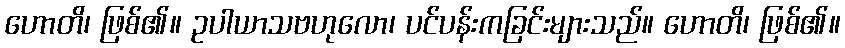
ဟောတိ၊ ဖြစ်၏။ ဥပါယာသဗဟုလော၊ ပင်ပန်းကခြင်းများသည်။ ဟောတိ၊ ဖြစ်၏။